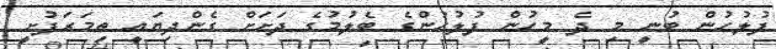
ފުލުހުން ބުނީ މި ދެ މީހުން ފުލުހުންގެ ބެލުމުގެ ދަށަށް ގެންދިޔައީ ތިމަރަފުށީ